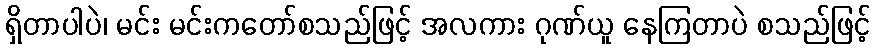
ရှိတာပါပဲ၊ မင်း မင်းကတော်စသည်ဖြင့် အလကား ဂုဏ်ယူ နေကြတာပဲ စသည်ဖြင့်